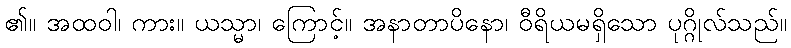
၏။ အထဝါ၊ ကား။ ယသ္မာ၊ ကြောင့်။ အနာတာပိနော၊ ဝီရိယမရှိသော ပုဂ္ဂိုလ်သည်။